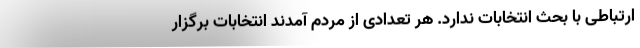
ارتباطی با بحث انتخابات ندارد. هر تعدادی از مردم آمدند انتخابات برگزار